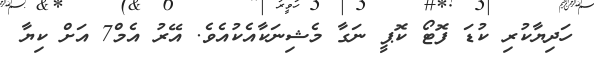
ހަދިޔާކުރި ކުޑަ ފޮޓޯ ކޮޕީ ނަގާ މެޝިނަކާއެކުއެވެ. އޭރު އެމް7 އަށް ކިޔާ